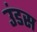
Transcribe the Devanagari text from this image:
उंडस